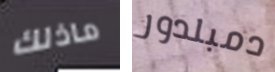
ماذلك دمبلدور